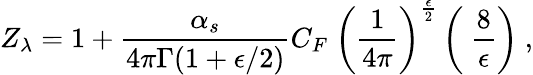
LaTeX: Z_{{\lambda}}=1+\frac{\alpha_{s}}{4\pi\Gamma(1+\epsilon/2)}C_{F}~\left({\frac{1}{4\pi}}\right)^{{\frac{\epsilon}{2}}}\left(~\frac{8}{\epsilon}\right)\ ,